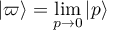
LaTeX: | \varpi \rangle = \operatorname* { l i m } _ { p \to 0 } | p \rangle